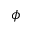
\phi